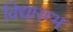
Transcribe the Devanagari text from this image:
विद्यारम्भ